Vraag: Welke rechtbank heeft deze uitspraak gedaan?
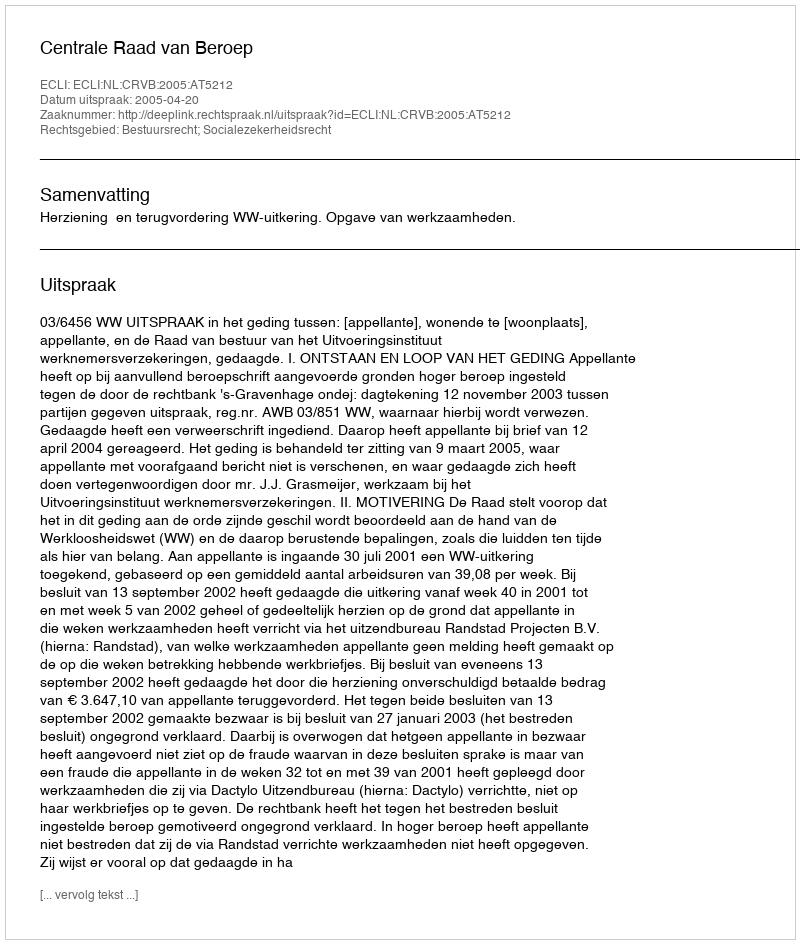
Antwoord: Centrale Raad van Beroep